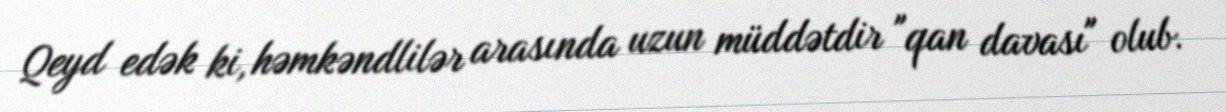
Qeyd edək ki, həmkəndlilər arasında uzun müddətdir "qan davası" olub.